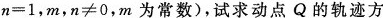
n = 1$$，$$m ， n ≠ 0$$，m为常数)，试求动点Q的轨迹方